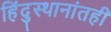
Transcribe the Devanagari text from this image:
हिंदुस्थानांतही